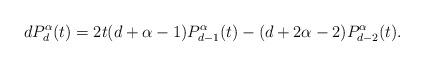
LaTeX: \begin{align*}dP_d^\alpha(t)=2t(d+\alpha-1)P_{d-1}^\alpha(t)-(d+2\alpha-2)P_{d-2}^\alpha(t).\end{align*}